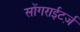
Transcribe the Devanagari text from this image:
सोंगराईटर्ज़